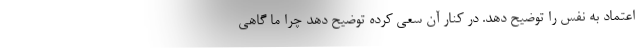
اعتماد به نفس را توضیح دهد. در کنار آن سعی کرده توضیح دهد چرا ما گاهی